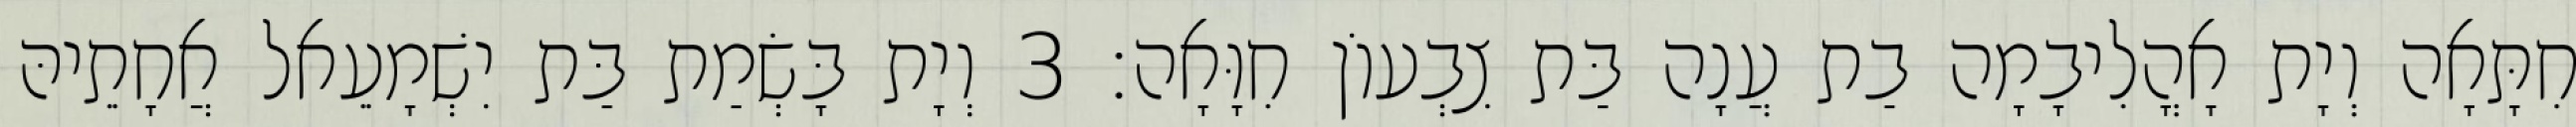
חִתָּאָה וְיָת אָהֳלִיבָמָה בַת עֲנָה בַּת צִבְעוֹן חִוָּאָה׃ 3 וְיָת בָּשְׂמַת בַּת יִשְׁמָעֵאל אֲחָתֵיהּ